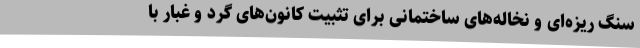
سنگ ریزه‌ای و نخاله‌های ساختمانی برای تثبیت کانون‌های گرد و غبار با